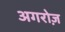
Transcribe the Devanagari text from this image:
अगरोज़